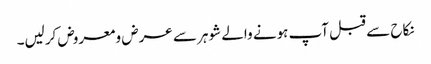
نکاح سے قبل آپ ہونے والے شوہر سے عرض ومعروض کرلیں۔